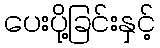
ပေးပို့ခြင်းနှင့်